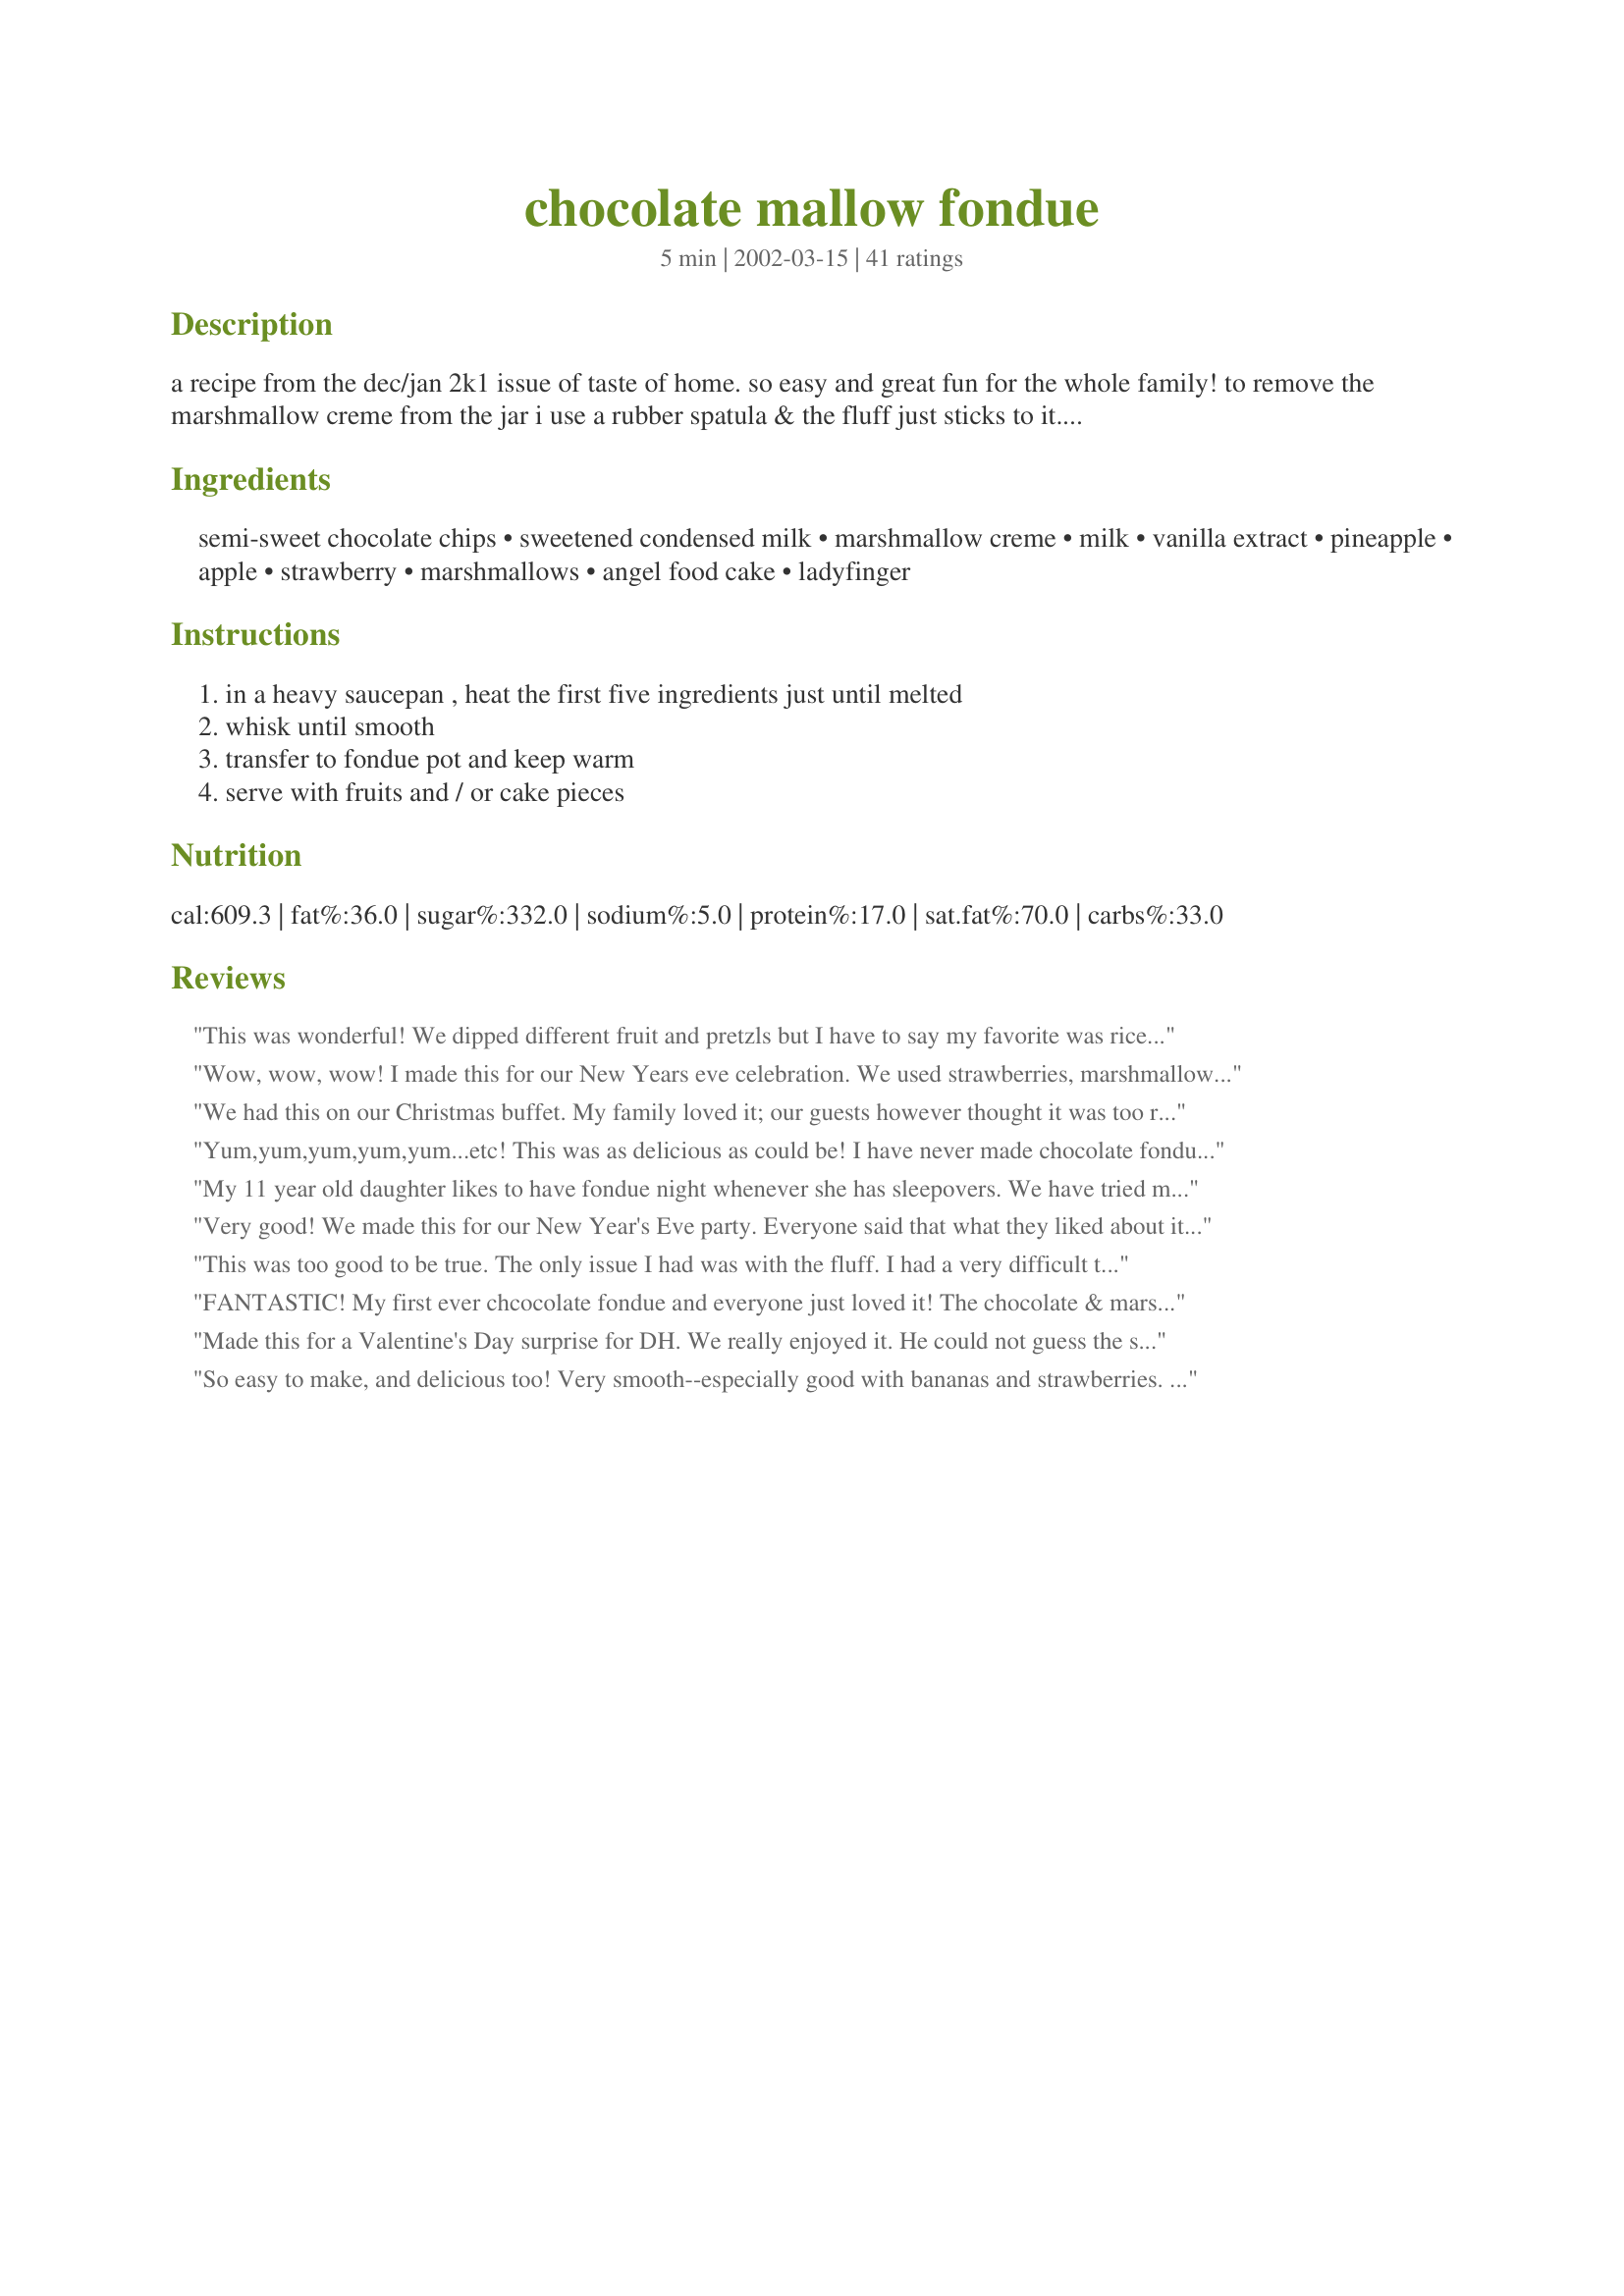
chocolate mallow fondue
Preparation time: 5 minutes

a recipe from the dec/jan 2k1 issue of taste of home. so easy and great fun for the whole family! to remove the marshmallow creme from the jar i use a rubber spatula & the fluff just sticks to it. otherwise microwaving it for a few seconds at a time might make it release easier.

Ingredients:
semi-sweet chocolate chips, sweetened condensed milk, marshmallow creme, milk, vanilla extract, pineapple, apple, strawberry, marshmallows, angel food cake, ladyfinger

Steps:
in a heavy saucepan , heat the first five ingredients just until melted, whisk until smooth, transfer to fondue pot and keep warm, serve with fruits and / or cake pieces

Reviews:
This was wonderful! We dipped different fruit and pretzls but I have to say my favorite was rice krispy treats & pecan sandies. I will definately be adding this to my Chrismtas Eve dinner! Thanks
Wow, wow, wow! I made this for our New Years eve celebration. We used strawberries, marshmallows, bananas and shortbread as dippers. I used another reviewers suggestion and also had graham cracker crumbs so that we could dip the marshmallows in them. This fondue is so good I could have eaten it out of the fondue pot with a spoon but I resisted since I had guests over! Haha Thanks for a little piece of heaven.
We had this on our Christmas buffet. My family loved it; our guests however thought it was too rich, so we had LOTS of leftover. After 3 nights of chocolate fondue for dessert, I melted what was left with some milk, extra vanilla and cinnamon and made ultra rich and decadent hot chocolate!
Yum,yum,yum,yum,yum...etc! This was as delicious as could be! I have never made chocolate fondue before and it was done in just a matter on minutes and was as easy as dumping a few things in a pot and stirring! Our friends will love this when they come over for dinner tomorrow night...if there's any left by then!
My 11 year old daughter likes to have fondue night whenever she has sleepovers. We have tried many differnt recipes and this one has been the over all winner! We served with sara lee cheesecake, pretzel rods, bananas, strawberries, pineapple, marshmallows, and rice crispie treats. The strawberries, and rice cris treats were the overall favorite. 

It is also great as a hot fudge sauce over ice cream. I use the left overs (appr. 1.5 cups) for this.
Very good! We made this for our New Year's Eve party. Everyone said that what they liked about it was that the flavor was just right, it was very chocolately, but not so much that you would be only satisfied with one bite. We also like the texture that was light and not heavy like some fondues. This is my keeper for chocolate fondue!
This was too good to be true. The only issue I had was with the fluff. I had a very difficult time getting it out of the jar and into the mix. ANy suggestions?
FANTASTIC! My first ever chcocolate fondue and everyone just loved it! The chocolate & marshmellow together were just excellent! So smooth & creamy! I may never make a different recipe! This one's a KEEPER! Thanks!
Made this for a Valentine's Day surprise for DH. We really enjoyed it. He could not guess the secret ingredient, though.(Fluff) I served with strawberries, bananas, fresh pineapple, strawberry marshmallows, graham crackers (for smores) & some apple spice cake. Great recipe, we will enjoy it again.
So easy to make, and delicious too! Very smooth--especially good with bananas and strawberries. It was a great addition to Mom's Night Out!
I made this for my Christmas appetizer buffet and it was a hit! Kept it warm in a 1-quart crockpot and served it with pineapple chunks and marshmallows for dipping. The chocoholics were in heaven!
this was wonderful--even after i scorched it in the new fondue pot:(:(-five stars!!!Peggy in TX
This was delicious! Makes a very large portion. It filled our mini-crock pot twice, leaving us plenty for everyone. Easy to make. Great texture & flavor. We will make this again!
This was stellar. My kids made this with a little help from Dh. We would love to try it with fresh fruit like strawberries. We did use apples and Nilla wafers. Yum.
Heavenly! Made this for Christmas eve and it was a huge hit. Served it with marshmallows, bananas and Pepperidge Farm Sugar Cookies. Yummy. This recipe makes a large batch . . enough for leftovers (that won't last long). I melted ingredients on the stovetop and then transferred to my fondue pot. This is a keeper. Smooth and so sinful!
This was fabulous and really easy. Thanks!
This was sooo tasty!! We had this on Chrismtmas Eve, and it was a hit! If you want a chocolate fondue that isn't just plain old chocolate, you've got to try this. The chocolate and marshmallow combination is fantastic!
Super easy to put together & makes alot! Great for our potluck dessert buffet party!
I made this for my family of four's pre-Christmas fun supper and it was FABULOUS! We just about licked the fondue pot bowl clean. I only had apples and bananas on hand but that didn't matter - I could see this being wonderful with anything! The good thing is that it makes 4 cups of chocolate goodness - enough for leftovers for tomorrow night! Very easy to prepare and absolutely wonderful!
Thank you for posting! You have solved my chocolate fondue nightmares forever. I cannot make chocolate fondue successfully to save my life, until this little gem popped up. Made exactly as posted for Big Bear's Fondon't night. Heated to eating temp, then dumped in my fondue pot on super low (so as not to scorch). Excellent. Will make again soon. THANKS! Everyone loved it! ~Messy44
Very rich fondue very easy to make. I found it to be a good consistency for dipping fruit. It was on the sweet side and tasted great with bananas dipped then rolled in ground pecans. I served with grapes, strawberries, banana, pretzels and pound cake. Thanks for sharing this recipe.
Our new New Year's favorite. Our son dipped large marshmallows in the fondue then rolled them in graham cracker crumbs for a "smore" treat.
This is amazing! Very rich, smooth and delicious. A friend made this for my kids and me when we were all away for a weekend together. My kids just loved dipping fruit, Rice Krispie treats, and pretzels. I think everyone's favorite item to dip were the Rice Krispie treats (except for me - the banana's were my personal favorite).
FABULOUS chocolate fondue!!!! I made this for dessert last night, but made it ahead so that it would be ready when dinner was done, well everyone was grabbing the fruit (strawberries & bananas), poundcake and pretzels while I was making the dinner. Everyone loved it!!! This makes alot, so next time when making just for my family, will cut the amounts in half. Thanks Tink so much for sharing your wonderful recipe for fondue!!
This was sooo good!! This is the first time I made fondue (got a set as a wedding gift 2 1/2 years ago). I am sorry i waited so long to use it!! Made it for my husband on New Year's Eve since his b-day is New Year's Day and he had to have cake. There was a lot left over, probably because everyone drank too much and didn't have room for dessert...
OMG... yumm! Sooo easy and inexpensive! We have made it a couple times for neighbors, family and friends.
Made this for a romantic dessert for my hubby and I and all I can say is that this was wonderful. I used poundcake cut into chunks, bananas and strawberries.
Made this for my daughter's 9th birthday. She wanted a fancy party so of course fondue was on the menu. This was really good. All the kids and adults enjoyed it. Prepared it in a double boiler on the stove and transferred some to a small crockpot to keep warm and the rest to the fondue pot. Made a lot but there is only a tiny bit leftover for today.
This tasted a lot like melted fudge! Yum... I forgot to add the milk, but I think it was better that way. Very thick and delicious and stuck very well to anything I dipped into it.
I made this for a dinner at our house prior to a Valentine's Day Father/Daughter Dance. Our guests loved it! I made it on the stove and poured it into our mini crockpot, then kept it warm in there. My first time making fondue and it was a big hit! Served it with strawberries, pineapple, marshmallows and pretzels. Will make again!
Fantastic! I made this for a faculty luncheon at our elementary school ~ everyone loved it! Thank goodness I made a double batch (served 65 with about a cup leftover). The beauty of it is that, even when room temp., it stays velvety smooth. Warming in the microwave did not alter it's taste or texture, so next time I'm planning a party, I will make this in the morning, cover at room temp. and heat later. We served it with skewered strawberries (in a vase ~ looked like a bouquet of roses!), marshmallows and pretzels.
Really a crowd pleaser. This was easy to put together. I put right into the fondue pot and melted there. It worked out very well! We used fresh pineapple, bananas, apples, pears, and strawberries. With 4 adults and 1 child, there was plenty. Thanks for a fun recipe :)
Super easy!! Make sure your fondue pot isn't too hot or you will char the marshmallow cream.
This was great. My best friend and I made it for our girlfriends on Valentine's Day and they loved it. We dipped pineapples, strawberries, poundcake and marshmallows. Will definately do again.
Had a dinner party last night and this was the hit of the menu! It's just like melted fudge! Very sweet, but fabulous with fruit. Oranges, bananas, strawberries, pineapple etc...Yummmmmm!
I made this for work today and was quite pleased. Easy to fix in the morning then reheat in the fondue pot at lunch time. Just keep it in the refrigerator until needed so you could even do it the day before. I used a light spray of cooking oil on my spatula to make getting the fluff out of the jar. I will definitely make it again!
So Rich!! I made this for Valentines Day. I don't eat much chocolate but my husband was in chocolate lovers heaven. We used all of the dippers listed. 

Thanks Lorilyn Tenney. 

Bullwinkle.
OMG! I made this for New Years and it was WONDERFUL! Everyone swooned over it. I will no longer have to make a trip to The Melting Pot, thank you!
Made this for the kids as a special dessert in the first day of school. It is sweet, much sweeter than other fondues, but the thicker consistency works really well, especially for kids. Strawberries, apples, and bananas were our favorites, also good were angel food cake, graham cracker sticks, pretzels, and marshmallows. Thanks for sharing the recipe!
Had this with my parents for an early Father's Day supper. It was wonderful! We dipped strawberries, pretzels and marshmallows (for DD). It was very quick to put together and tasted great. We had quite a bit leftover, but I'm sure I can find somewhere for it to go. :)
We had this for dessert on New Years Eve, it was a hit. I served it w/ bananas, pretzels, marshmallows and angel food cake. YUM!
